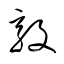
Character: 敦